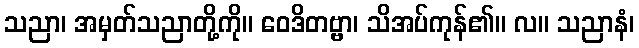
သညာ၊ အမှတ်သညာတို့ကို။ ဝေဒိတဗ္ဗာ၊ သိအပ်ကုန်၏။ လ။ သညာနံ၊